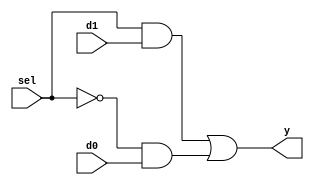
`timescale 1ns / 1ps
//////////////////////////////////////////////////////////////////////////////////
// Company: 
// Engineer: 
// 
// Design Name: 
// Module Name: b2_mux_2_1_comb_incorrect
// Project Name: 
// Target Devices: 
// Tool Versions: 
// Description: 
// 
// Dependencies: 
// 
// Revision:
// Revision 0.01 - File Created
// Additional Comments:
// 
//////////////////////////////////////////////////////////////////////////////////


module b2_mux_2_1_comb_incorrect(
    input [1:0] d0,
    input [1:0] d1,
    input sel,
    output [1:0] y
    );
    assign y = (sel & d1) | ((~sel) & d0);
endmodule